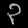
Digit: ၃